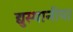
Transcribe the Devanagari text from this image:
द्युस्थानीय।